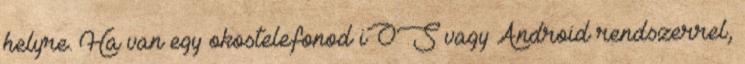
helyre. Ha van egy okostelefonod iOS vagy Android rendszerrel,